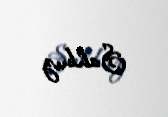
Şahbuz